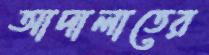
আদালাতের